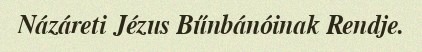
Názáreti Jézus Bűnbánóinak Rendje.